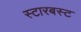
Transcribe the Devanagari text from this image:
स्टारबस्ट